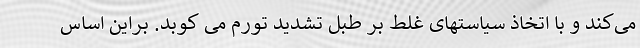
می‌کند و با اتخاذ سیاستهای غلط بر طبل تشدید تورم می کوبد. براین اساس